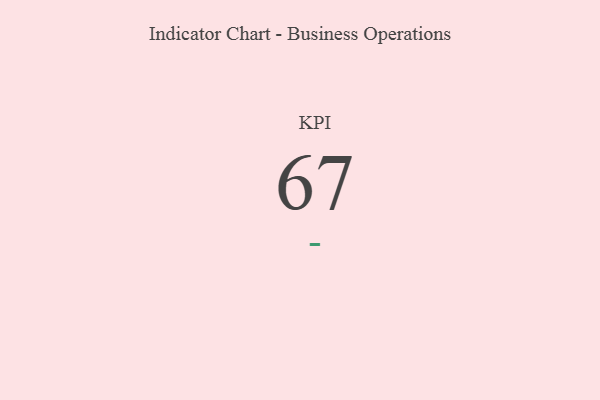
{"axis": {"x": "KPI", "y": "Value"}, "legend": [""], "data": [{"x": "KPI", "y": 67, "type": ""}]}